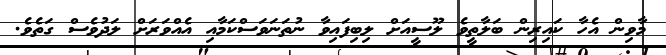
މާވިން އެހާ ކައިރިން ބަލާތީވެ ލޫސީއަށް ލިބިފައިވާ ނުތަނަވަސްކަމާއި އެއްވަރަށް ލަދުވެސް ގަތެވެ.